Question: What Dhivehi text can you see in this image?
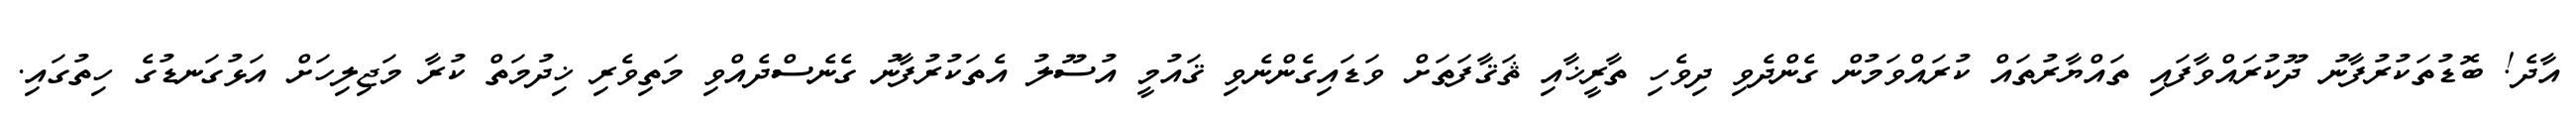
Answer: އާދެ! ބޮޑުތަކުރުފާނު ދޫކުރައްވާފައި ތައްޔާރުތައް ކުރައްވަމުން ގެންދެވި ދިވެހި ތާރީޚާއި ޘަޤާފަތަށް ވަޑައިގެންނެވި ޤައުމީ އުސޫލު އެތަކުރުފާނު ގެނެސްދެއްވި މަތިވެރި ޚިދުމަތް ކުރާ މަޖިލިހަށް އަޅުގަނޑުގެ ހިތުގައި.